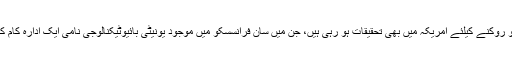
بڑھاپے کو روکنے کیلئے امریکہ میں بھی تحقیقات ہو رہی ہیں، جن میں سان فرانسسکو میں موجود یونیٹی بائیوٹیکنالوجی نامی ایک ادارہ کام کر رہا ہے۔